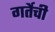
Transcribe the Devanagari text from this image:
गर्तेची